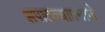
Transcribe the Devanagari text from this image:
झपाटल्याप्रमाणे